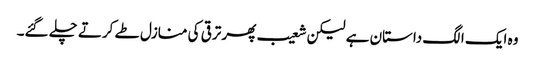
وہ ایک الگ داستان ہے لیکن شعیب پھر ترقی کی منازل طے کرتے چلے گئے۔